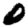
Digit: 0